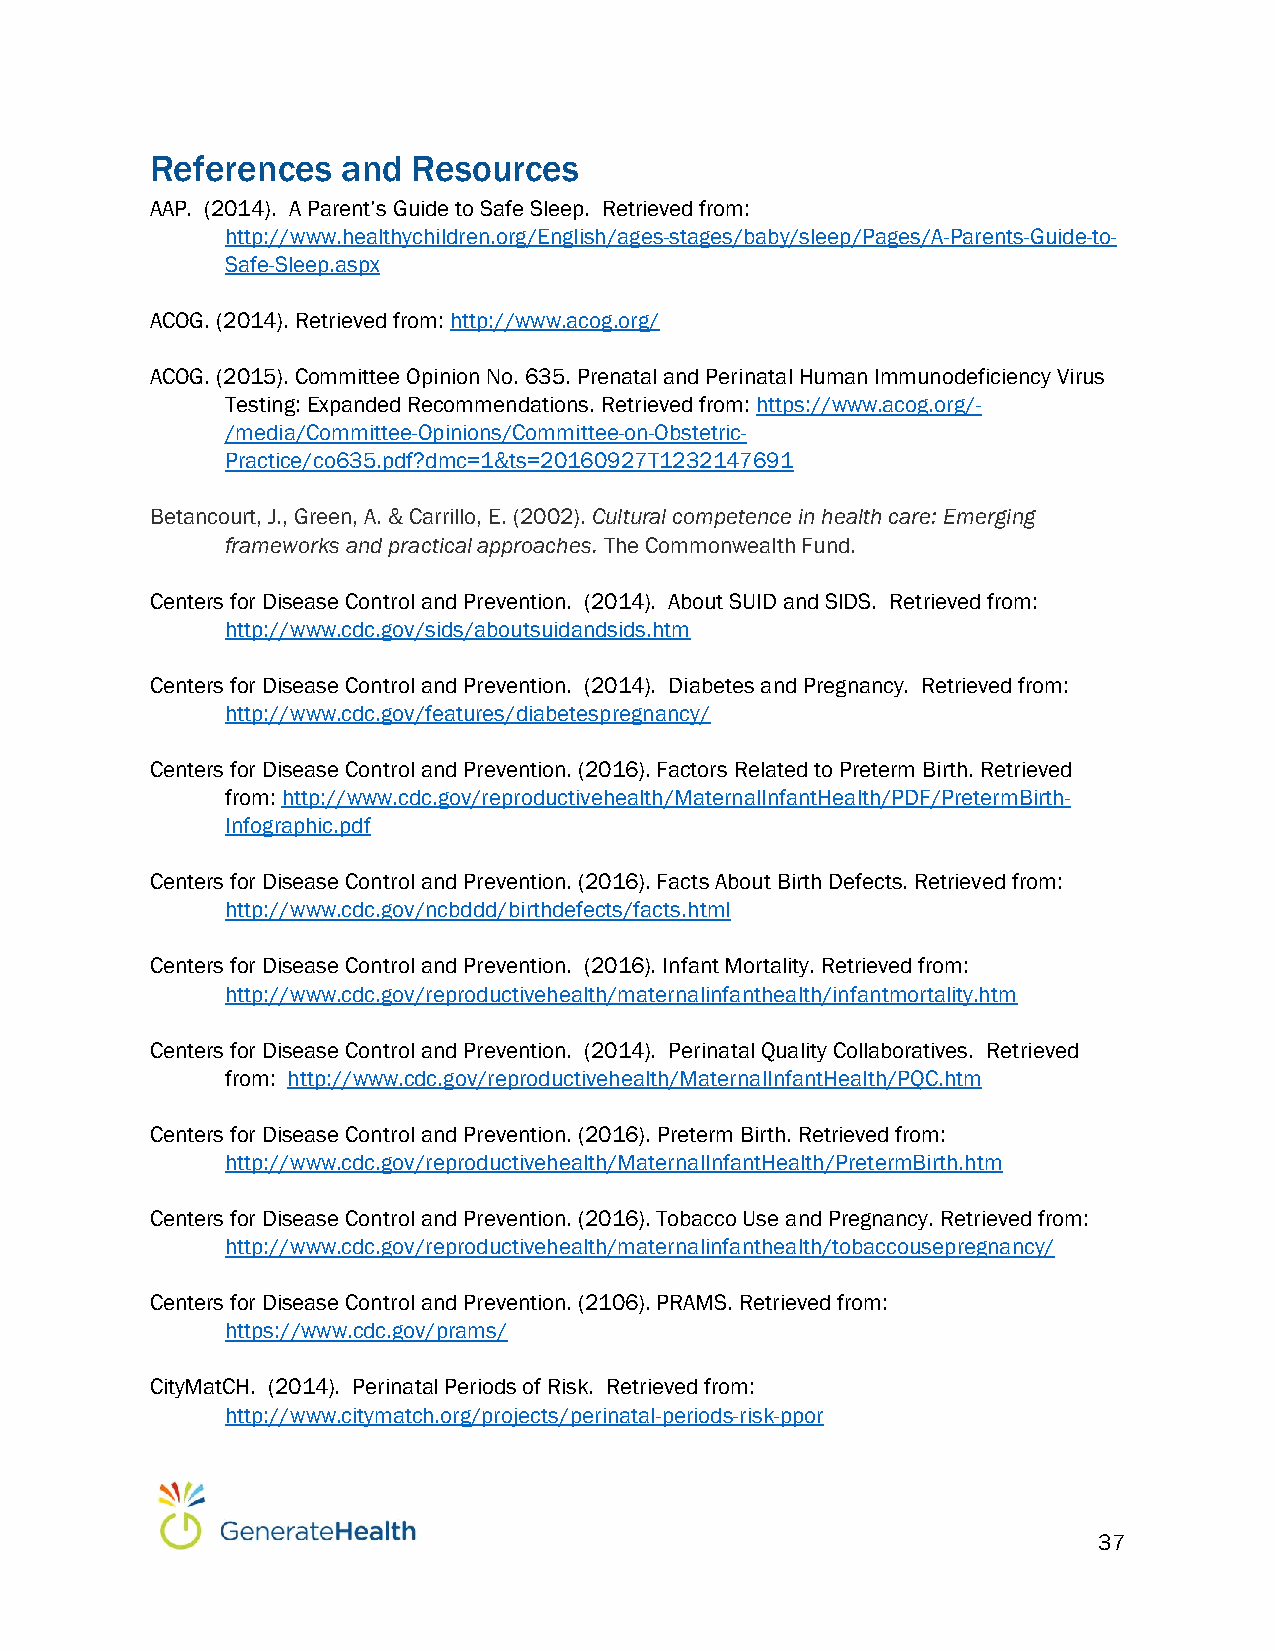
References   and Resources
 AAP. (2014). A Parent’s Guide to Safe Sleep. Retrieved from:
 http://www.healthychildren.org/English/ages-stages/baby/sleep/Pages/A-Parents-Guide-to-
 Safe-Sleep.aspx
 ACOG. (2014). Retrieved from: http://www.acog.org/
 ACOG. (2015). Committee Opinion No. 635. Prenatal and Perinatal Human Immunodeficiency Virus
 Testing: Expanded Recommendations. Retrieved from: https://www.acog.org/-
 /media/Committee-Opinions/Committee-on-Obstetric-
 Practice/co635.pdf?dmc=1&ts=20160927T1232147691
 Betancourt, J., Green, A. & Carrillo, E. (2002). Cultural competence in health care: Emerging
 frameworks and practical approaches. The Commonwealth Fund.
 Centers for Disease Control and Prevention. (2014). About SUID and SIDS. Retrieved from:
 http://www.cdc.gov/sids/aboutsuidandsids.htm
 Centers for Disease Control and Prevention. (2014). Diabetes and Pregnancy. Retrieved from:
 http://www.cdc.gov/features/diabetespregnancy/
 Centers for Disease Control and Prevention. (2016). Factors Related to Preterm Birth. Retrieved
 from: http://www.cdc.gov/reproductivehealth/MaternalInfantHealth/PDF/PretermBirth-
 Infographic.pdf
 Centers for Disease Control and Prevention. (2016). Facts About Birth Defects. Retrieved from:
 http://www.cdc.gov/ncbddd/birthdefects/facts.html
 Centers for Disease Control and Prevention. (2016). Infant Mortality. Retrieved from:
 http://www.cdc.gov/reproductivehealth/maternalinfanthealth/infantmortality.htm
 Centers for Disease Control and Prevention. (2014). Perinatal Quality Collaboratives. Retrieved
 from: http://www.cdc.gov/reproductivehealth/MaternalInfantHealth/PQC.htm
 Centers for Disease Control and Prevention. (2016). Preterm Birth. Retrieved from:
 http://www.cdc.gov/reproductivehealth/MaternalInfantHealth/PretermBirth.htm
 Centers for Disease Control and Prevention. (2016). Tobacco Use and Pregnancy. Retrieved from:
 http://www.cdc.gov/reproductivehealth/maternalinfanthealth/tobaccousepregnancy/
 Centers for Disease Control and Prevention. (2106). PRAMS. Retrieved from:
 https://www.cdc.gov/prams/
 CityMatCH. (2014). Perinatal Periods of Risk. Retrieved from:
 http://www.citymatch.org/projects/perinatal-periods-risk-ppor
 37